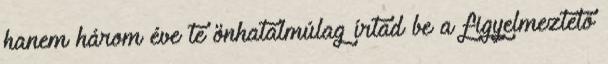
hanem három éve te önhatalmúlag írtad be a figyelmeztető